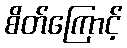
စိတ်ကြောင့်